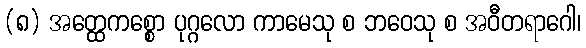
(၈) အတ္ထေကစ္စော ပုဂ္ဂလော ကာမေသု စ ဘဝေသု စ အဝီတရာဂေါ၊